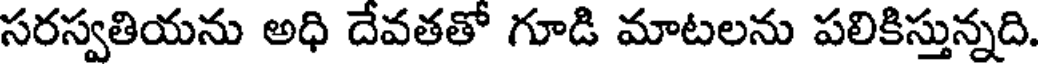
సరస్వతియను అధి దేవతతో గూడి మాటలను పలికిస్తున్నది